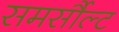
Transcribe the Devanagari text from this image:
समर्सौल्ट